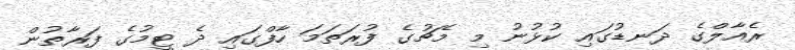
ރެއާލްގެ ދަނޑުގައި ކުޅުނު މި މެޗުގެ ފުރަތަމަ ހާފްގައި ދެ ޓީމުގެ ފަރާތުން